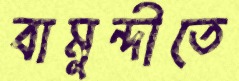
বামুন্দীতে